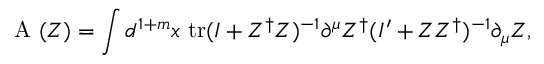
\mathrm { ~ \cal { A } ~ } ( Z ) = \int d ^ { 1 + m } x \ \mathrm { t r } ( I + Z ^ { \dag } Z ) ^ { - 1 } \partial ^ { \mu } Z ^ { \dag } ( I ^ { \prime } + Z Z ^ { \dag } ) ^ { - 1 } \partial _ { \mu } Z ,